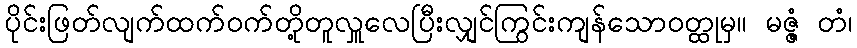
ပိုင်းဖြတ်လျက်ထက်ဝက်တို့တူလှူလေပြီးလျှင်ကြွင်းကျန်သောဝတ္ထုမှ။ မဇ္ဇံ တံ၊